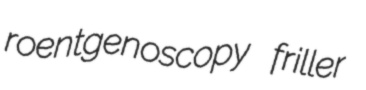
roentgenoscopy friller